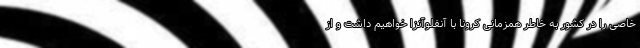
خاصی را در کشور به خاطر همزمانی کرونا با آنفلوآنزا خواهیم داشت و از